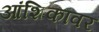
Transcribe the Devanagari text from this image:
आंशिकांवर